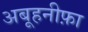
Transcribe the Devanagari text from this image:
अबूहनीफ़ा